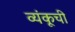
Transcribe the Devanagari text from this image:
व्यंकूची